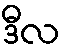
ဒီလ